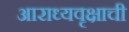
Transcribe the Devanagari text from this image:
आराध्यवृक्षाची